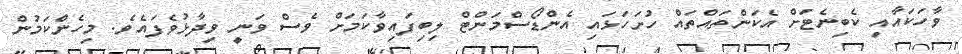
ވާހަކައާއި ކެބިނެޓަށް އެކަންތައްތައް ހުށަހަޅައި އެންޑޯސްމަންޓް ލިބިފައިވާކަމަށް ވެސް ވަނީ ވިދާޅުވެފައެވެ. މިހެންކަމުން